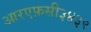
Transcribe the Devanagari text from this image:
आरएफ़सी३४३९